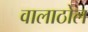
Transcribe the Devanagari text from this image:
वालाठोल